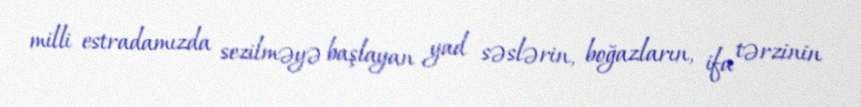
milli estradamızda sezilməyə başlayan yad səslərin, boğazların, ifa tərzinin